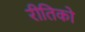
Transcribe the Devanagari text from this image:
रीतिको